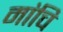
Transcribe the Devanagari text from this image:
मांचि